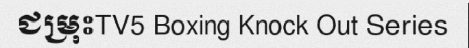
ជម្រុះTV5 Boxing Knock Out Series